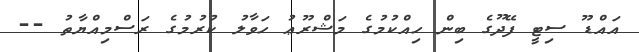
އައްޑޫ ސިޓީ ފޭދޫގެ ބިން ހިއްކުމުގެ މަޝްރޫޢު ހަވާލު ކުރުމުގެ ރަސްމިއްޔާތު --